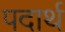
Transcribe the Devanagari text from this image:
पदार्थ